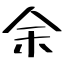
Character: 余